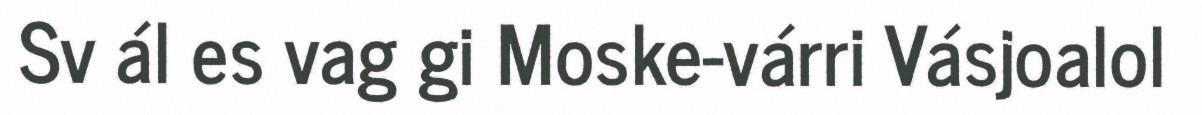
Sv ál es vag gi Moske-várri Vásjoalol